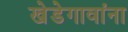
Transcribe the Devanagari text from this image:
खेडेगावांना